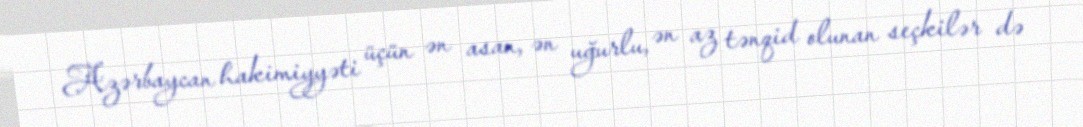
Azərbaycan hakimiyyəti üçün ən asan, ən uğurlu, ən az tənqid olunan seçkilər də